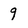
Character: 9